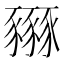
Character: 𧲏